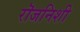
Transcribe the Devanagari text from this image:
रॊजनिशी